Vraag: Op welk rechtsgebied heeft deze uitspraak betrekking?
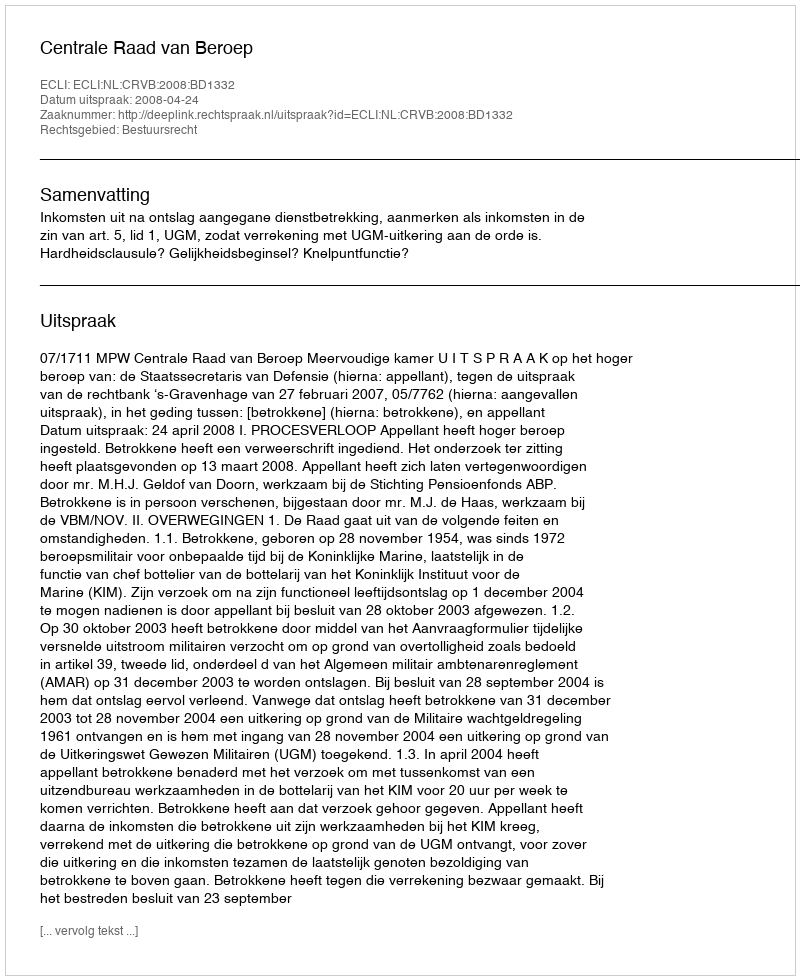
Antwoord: Bestuursrecht